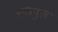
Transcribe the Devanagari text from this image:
स्केपुला